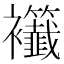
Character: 𧟖